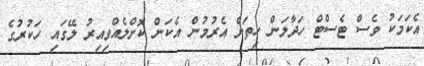
އެކަމަކު ވެސް ޓެސްޓް ހަދާލަން ހިތަށް އެރުމުން އެކަން ކޮށްލެއްވިއިރު ލޭގައި ހަކުރުގެ